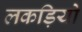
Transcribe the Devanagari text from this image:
लकड़ियो